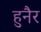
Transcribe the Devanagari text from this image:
हुनैर